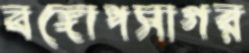
বঙ্গোপসাগর